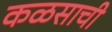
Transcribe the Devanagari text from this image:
कळसाची